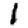
Digit: 1